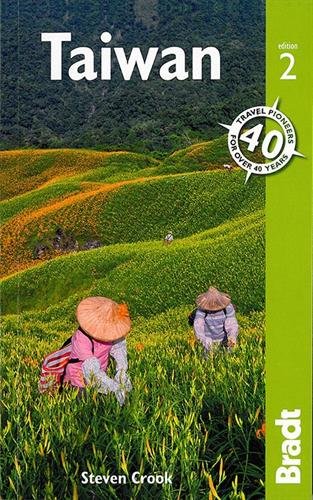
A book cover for Taiwan (Bradt Travel Guides); Steven Crook; Travel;